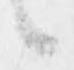
候